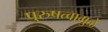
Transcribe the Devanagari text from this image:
पुरुषत्वामुळे